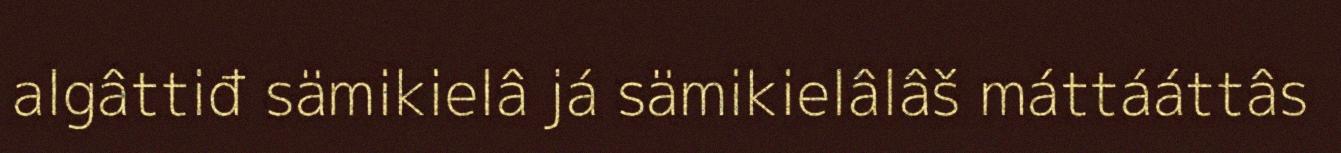
algâttiđ sämikielâ já sämikielâlâš máttááttâs